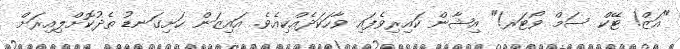
"އަޒް! ޓޭކް ސަމް ވޯޓަރ!" އިޝާން ކައިރިވެފައި ވާހަކަދެއްކިއެވެ. އައިޒަން ހަށިގަނޑު ތެދުކޮށްލިއިރަށް